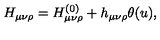
H _ { \mu \nu \rho } = H _ { \mu \nu \rho } ^ { ( 0 ) } + h _ { \mu \nu \rho } \theta ( u ) ,